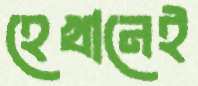
হেখানেই